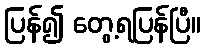
ပြန်၍ တွေ့ရပြန်ပြီ။